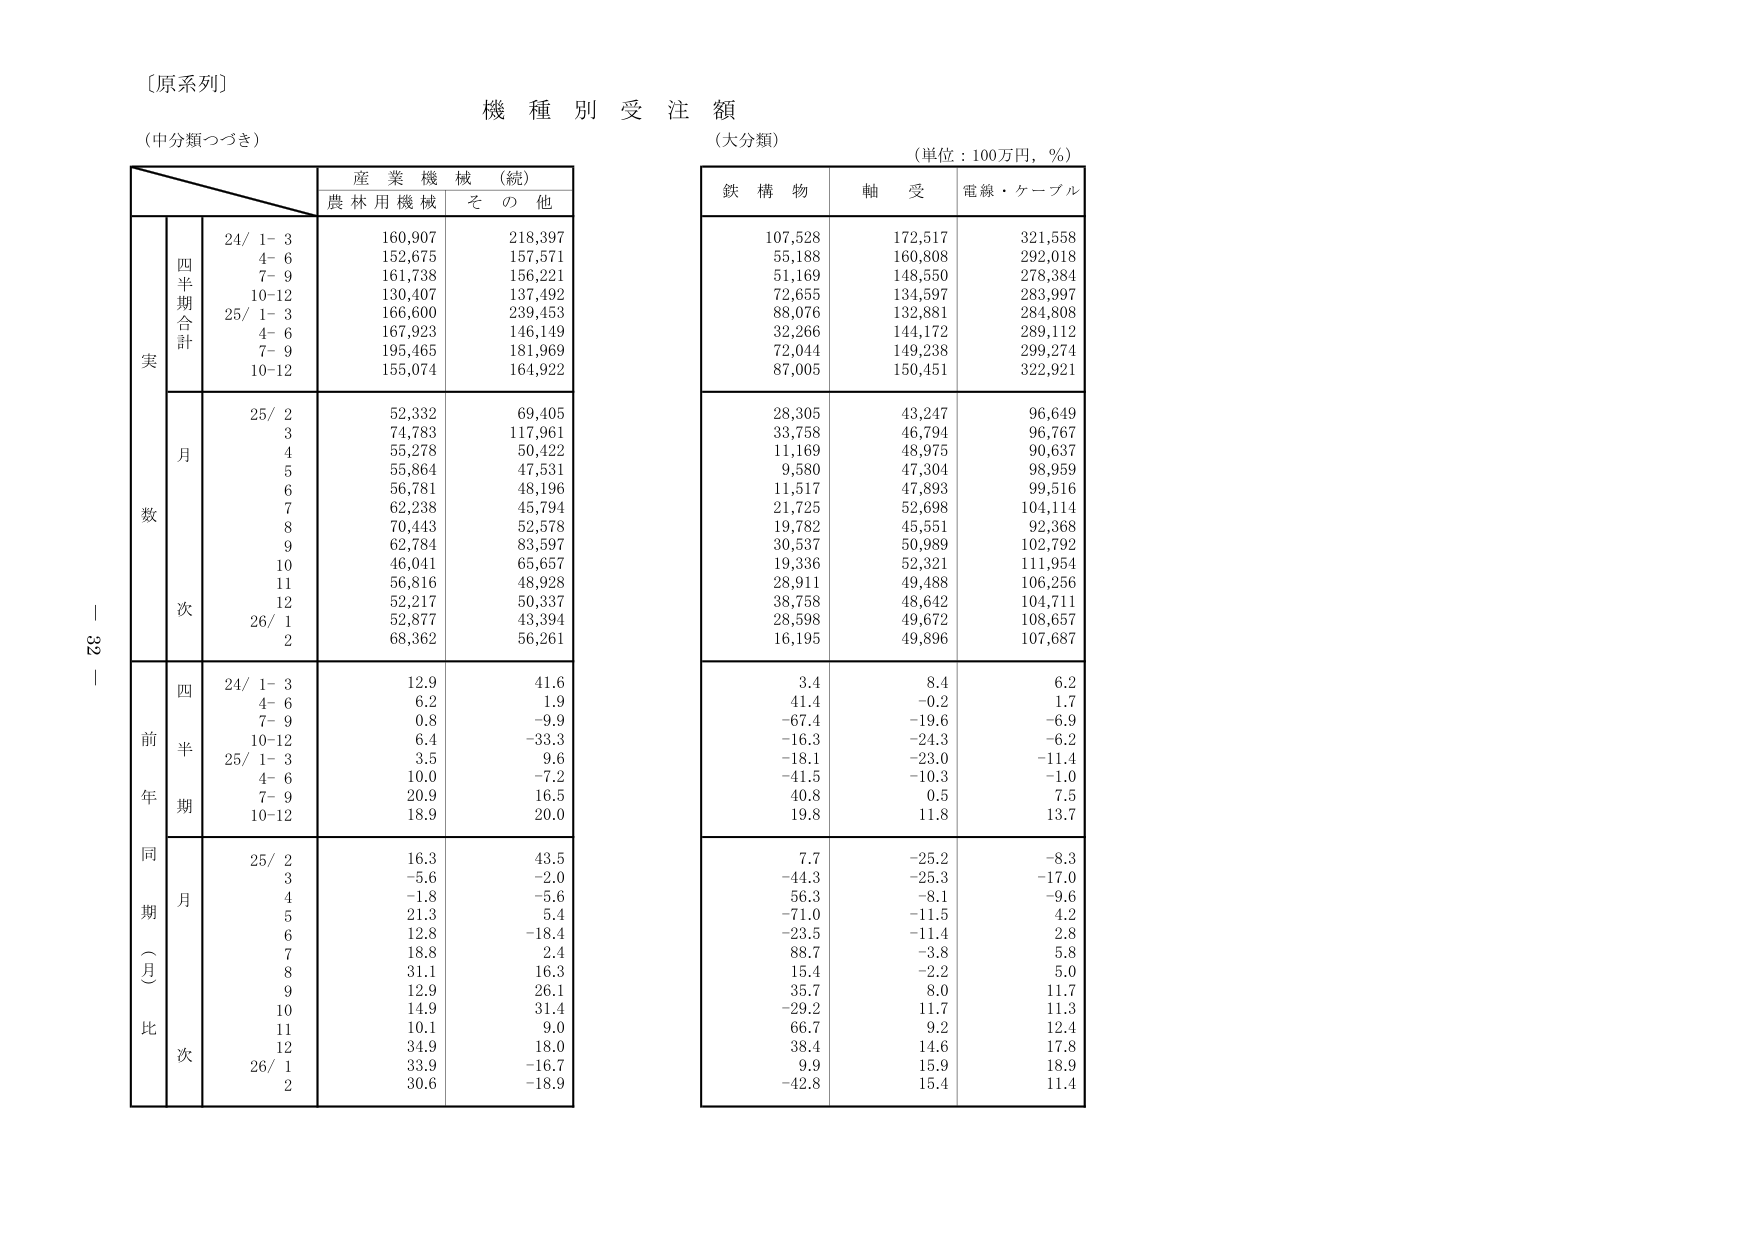
〔原系列〕
機種別受注額
（中分類つづき）
（大分類）
（単位：100万円，％）

産業機械（続）
農林用機械　その他

鉄構物　軸受　電線・ケーブル

実
四半期合計
24/ 1-3　160,907　218,397
　　4-6　152,675　157,571
　　7-9　161,738　156,221
　　10-12　130,407　137,492
25/ 1-3　166,600　239,453
　　4-6　167,923　146,149
　　7-9　195,465　181,969
　　10-12　155,074　164,922

月
数
25/ 2　52,332　69,405
　　3　74,783　117,961
　　4　55,278　50,422
　　5　55,864　47,531
　　6　56,781　48,196
　　7　62,238　45,794
　　8　70,443　52,578
　　9　62,784　83,597
　　10　46,041　65,657
　　11　56,816　48,928
　　12　52,217　50,337
26/ 1　52,877　43,394
　　2　68,362　56,261

前年同期（月比）
四半期
24/ 1-3　12.9　41.6
　　4-6　6.2　1.9
　　7-9　0.8　-9.9
　　10-12　6.4　-33.3
25/ 1-3　3.5　9.6
　　4-6　10.0　-7.2
　　7-9　20.9　16.5
　　10-12　18.9　20.0

月
25/ 2　16.3　43.5
　　3　-5.6　-2.0
　　4　-1.8　-5.6
　　5　21.3　5.4
　　6　12.8　-18.4
　　7　18.8　2.4
　　8　31.1　16.3
　　9　12.9　26.1
　　10　14.9　31.4
　　11　10.1　9.0
　　12　34.9　18.0
26/ 1　33.9　-16.7
　　2　30.6　-18.9

107,528　172,517　321,558
55,188　160,808　292,018
51,169　148,550　278,384
72,655　134,597　283,997
88,076　132,881　284,808
32,266　144,172　289,112
72,044　149,238　299,274
87,005　150,451　322,921

28,305　43,247　96,649
33,758　46,794　96,767
11,169　48,975　90,637
9,580　47,304　98,959
11,517　47,893　99,516
21,725　52,698　104,114
19,782　45,551　92,368
30,537　50,989　102,792
19,336　52,321　111,954
28,911　49,488　106,256
38,758　48,642　104,711
28,598　49,672　108,657
16,195　49,896　107,687

3.4　8.4　6.2
41.4　-0.2　1.7
-67.4　-19.6　-6.9
-16.3　-24.3　-6.2
-18.1　-23.0　-11.4
-41.5　-10.3　-1.0
40.8　0.5　7.5
19.8　11.8　13.7

7.7　-25.2　-8.3
-44.3　-25.3　-17.0
56.3　-8.1　-9.6
-71.0　-11.5　4.2
-23.5　-11.4　2.8
88.7　-3.8　5.8
15.4　-2.2　5.0
35.7　8.0　11.7
-29.2　11.7　11.3
66.7　9.2　12.4
38.4　14.6　17.8
9.9　15.9　18.9
-42.8　15.4　11.4

-32-